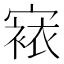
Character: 𭔔